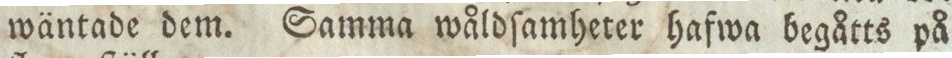
wäntade dem. Samma wåldſamheter hafwa begåtts på